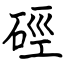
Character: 硜